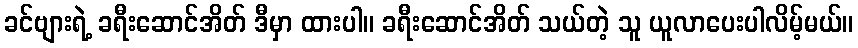
ခင်ဗျားရဲ့ ခရီးဆောင်အိတ် ဒီမှာ ထားပါ။ ခရီးဆောင်အိတ် သယ်တဲ့ သူ ယူလာပေးပါလိမ့်မယ်။